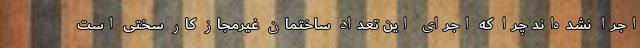
اجرا نشده‌اند چرا که اجرای این تعداد ساختمان غیرمجاز کار سختی است